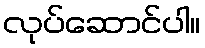
လုပ်ဆောင်ပါ။